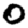
Digit: 0